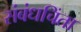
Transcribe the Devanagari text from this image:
संबंधचिंता